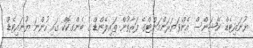
ޔުނައިޓެޑް ނޭޝަންސް އެންވަޔަރަންމަންޓްގެ ފަރާތުން ތައިލޭންޑް ގެ ބެންގކޮކް ގައި ހުންނަ ޔުނައިޓެޑް